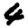
Digit: 4